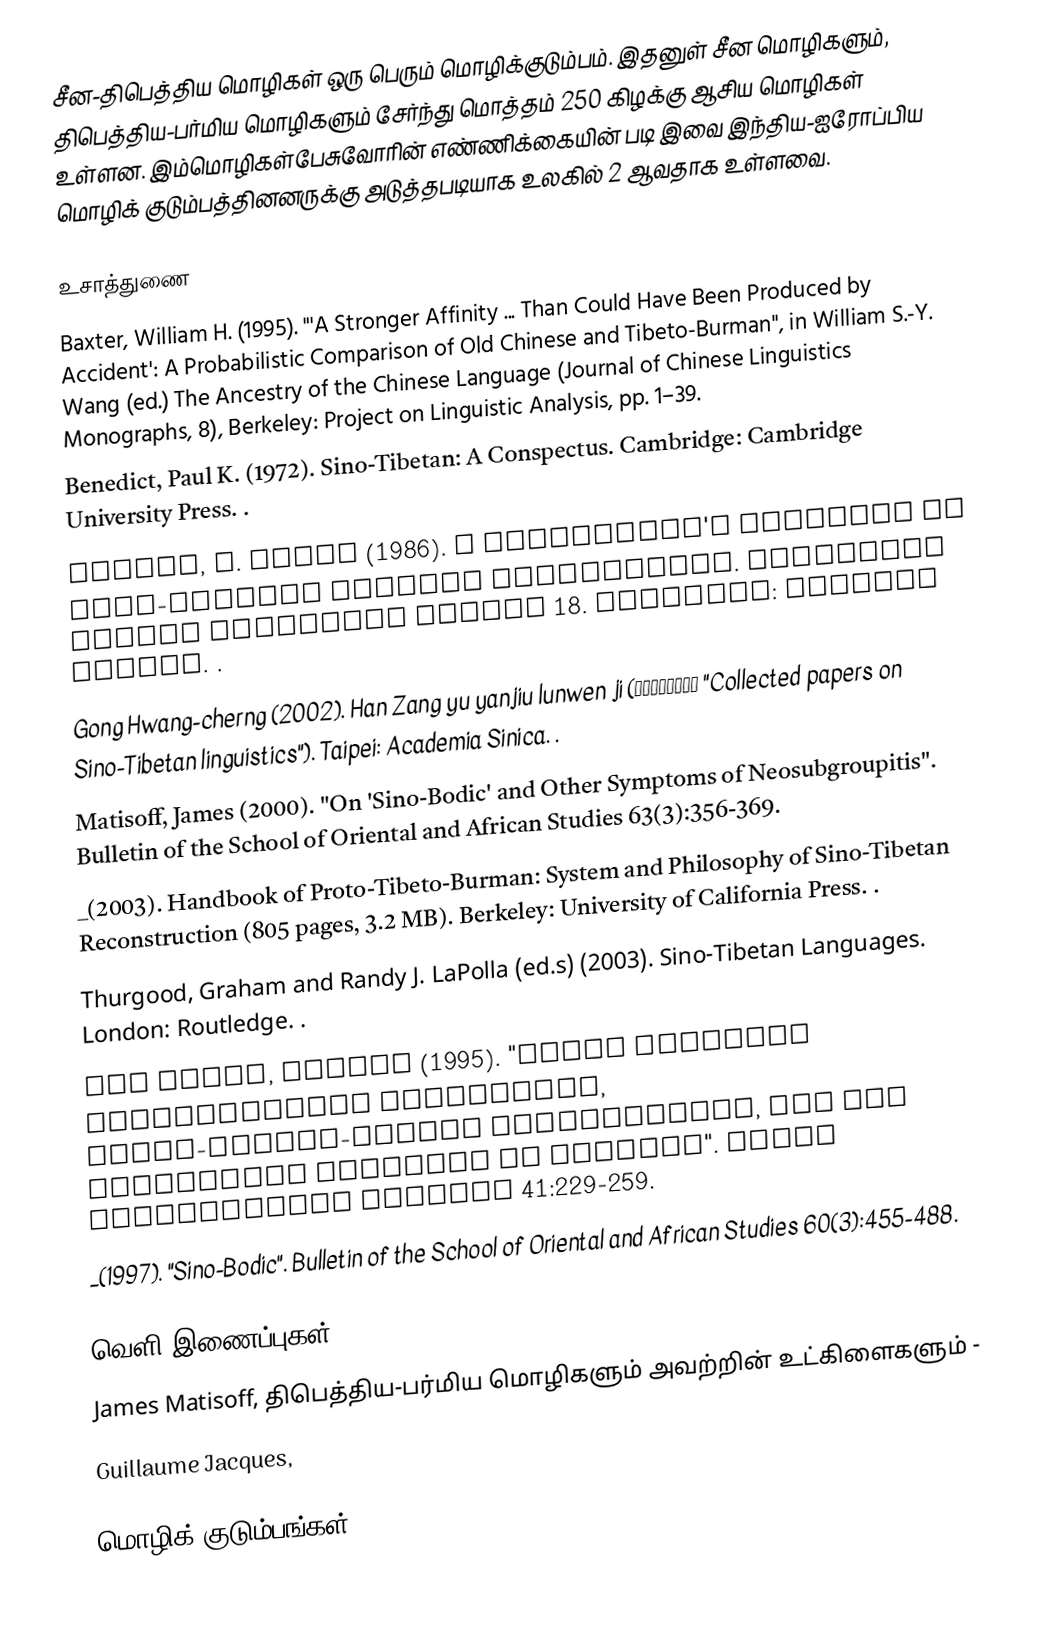
சீன-திபெத்திய மொழிகள் ஒரு பெரும் மொழிக்குடும்பம். இதனுள் சீன மொழிகளும், திபெத்திய-பர்மிய மொழிகளும் சேர்ந்து மொத்தம் 250 கிழக்கு ஆசிய மொழிகள் உள்ளன. இம்மொழிகள்பேசுவோரின் எண்ணிக்கையின் படி இவை இந்திய-ஐரோப்பிய மொழிக் குடும்பத்தினனருக்கு அடுத்தபடியாக உலகில் 2 ஆவதாக உள்ளவை.

உசாத்துணை
 Baxter, William H. (1995). "'A Stronger Affinity ... Than Could Have Been Produced by Accident': A Probabilistic Comparison of Old Chinese and Tibeto-Burman", in William S.-Y. Wang (ed.) The Ancestry of the Chinese Language (Journal of Chinese Linguistics Monographs, 8), Berkeley: Project on Linguistic Analysis, pp. 1–39.
 Benedict, Paul K. (1972). Sino-Tibetan: A Conspectus. Cambridge: Cambridge University Press. .
 Coblin, W. South (1986). A Sinologist's Handlist of Sino-Tibetan Lexical Comparisons. Monumenta Serica Monograph Series 18. Nettetal: Steyler Verlag. .
 Gong Hwang-cherng (2002). Han Zang yu yanjiu lunwen ji (漢藏語硏究論文集 "Collected papers on Sino-Tibetan linguistics"). Taipei: Academia Sinica. .
 Matisoff, James (2000). "On 'Sino-Bodic' and Other Symptoms of Neosubgroupitis". Bulletin of the School of Oriental and African Studies 63(3):356-369.
 _(2003). Handbook of Proto-Tibeto-Burman: System and Philosophy of Sino-Tibetan Reconstruction (805 pages, 3.2 MB). Berkeley: University of California Press. .
 Thurgood, Graham and Randy J. LaPolla (ed.s) (2003). Sino-Tibetan Languages. London: Routledge. .
 Van Driem, George (1995). "Black Mountain Conjugational Morphology, Proto-Tibeto-Burman Morphosyntax, and the Linguistic Position of Chinese". Senri Ethnological Studies 41:229-259.
 _(1997). "Sino-Bodic". Bulletin of the School of Oriental and African Studies 60(3):455-488.

வெளி இணைப்புகள்
 James Matisoff, திபெத்திய-பர்மிய மொழிகளும் அவற்றின் உட்கிளைகளும் -
  Guillaume Jacques,

மொழிக் குடும்பங்கள்